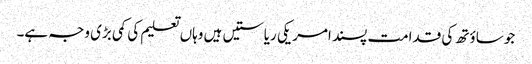
جو ساؤتھ کی قدامت پسند امریکی ریاستیں‌ ہیں وہاں تعلیم کی کمی بڑی وجہ ہے۔